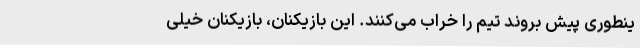
ینطوری پیش بروند تیم را خراب می‌کنند. این بازیکنان، بازیکنان خیلی